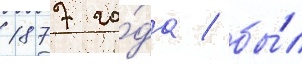
1877 го́да / бы́л